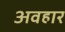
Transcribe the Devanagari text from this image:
अवहार